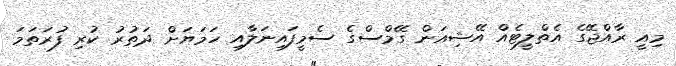
މިއީ ރާއްޖޭގެ އެތްލީޓެއް އޭޝިއަން ގޭމްސްގެ ސެމީފައިނަލާއި ހަމަޔަށް ދަތުރު ކުރި ފުރަތަމަ